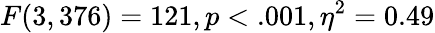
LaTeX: F(3,376)=121,p<.001,\eta^{2}=0.49